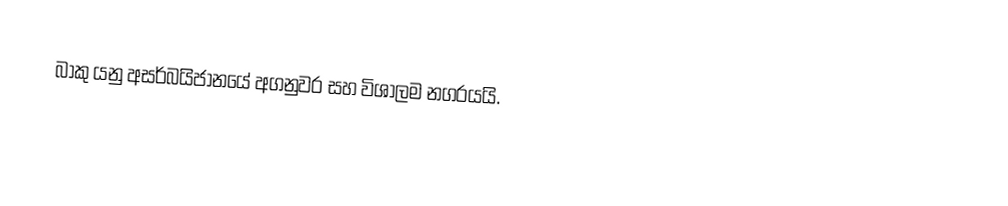
බාකු යනු අසර්බයිජානයේ අගනුවර සහ විශාලම නගරයයි.